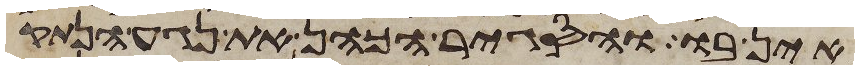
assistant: אין בו והסגיר הכהן את נגע הנתק